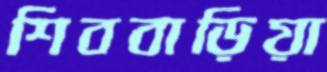
শিববাড়িয়া